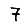
Digit: 7